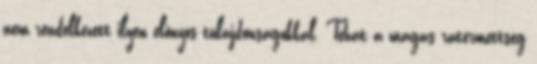
nem rendelkezett ilyen előnyös tulajdonságokkal. Tehát a magas rátermettség